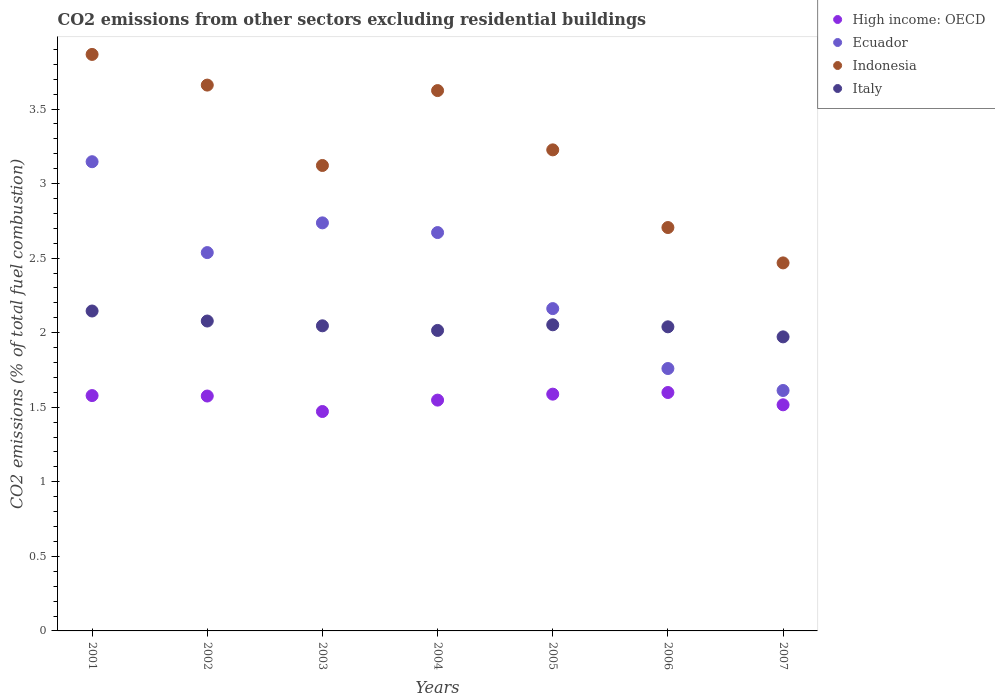
| Years | High income: OECD | Ecuador | Indonesia | Italy |
 | --- | --- | --- | --- | --- |
 | 2001 | 1.58 | 3.15 | 3.87 | 2.15 |
 | 2002 | 1.58 | 2.54 | 3.66 | 2.08 |
 | 2003 | 1.47 | 2.74 | 3.12 | 2.05 |
 | 2004 | 1.55 | 2.67 | 3.62 | 2.02 |
 | 2005 | 1.59 | 2.16 | 3.23 | 2.05 |
 | 2006 | 1.6 | 1.76 | 2.71 | 2.04 |
 | 2007 | 1.52 | 1.61 | 2.47 | 1.97 |